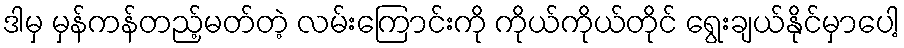
ဒါမှ မှန်ကန်တည့်မတ်တဲ့ လမ်းကြောင်းကို ကိုယ်ကိုယ်တိုင် ရွေးချယ်နိုင်မှာပေါ့